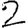
Digit: 2